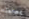
مصالحنا